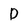
Character: D